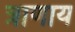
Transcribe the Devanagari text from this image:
त्राणाय